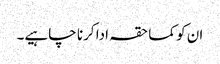
ان کو کما حقہ ادا کرنا چاہیے۔